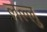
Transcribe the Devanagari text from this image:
लल्लु